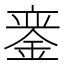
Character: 𫒣